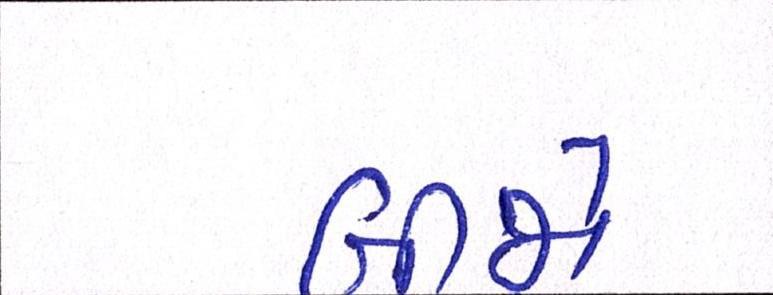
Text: બીજો